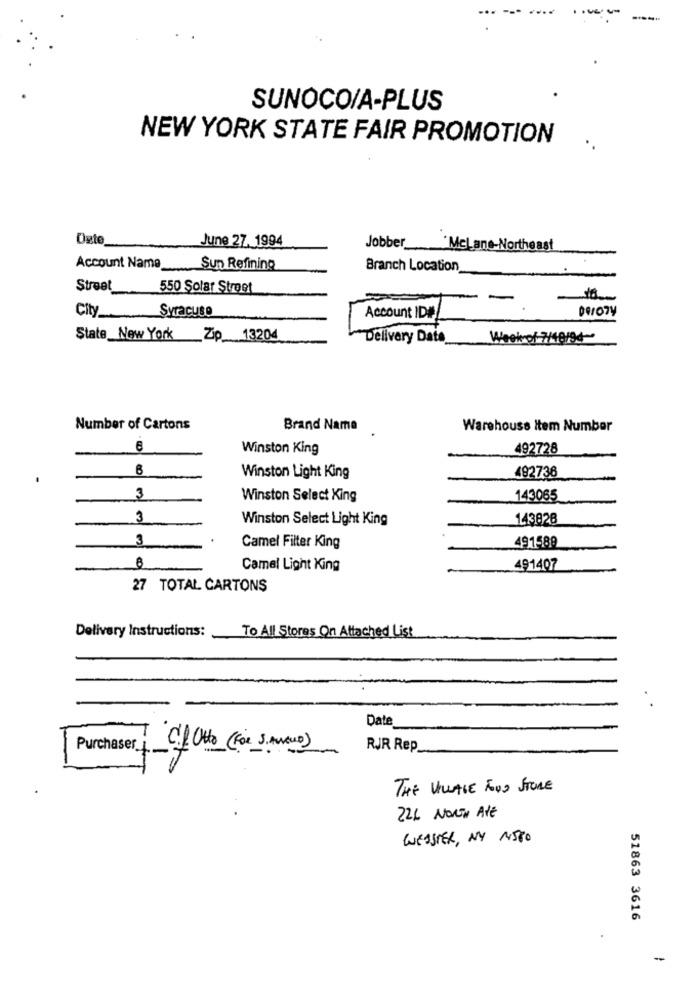
SUNOCO/A-PLUS
NEW YORK STATE FAIR PROMOTION
Oxte
June 27. 1994
Jobber_
McLane-Northeast
Account Name
Sun Refining
Branch Location
Street
550 Solar Street
Syracuse
City
Account ID#
State_New York_Zip 13204
Delivery Date
Week of 7/10/94-
Number of Cartons
Brand Name
Warehouse Item Number
8
Winston King
492728
492736
Winston Light King
3
Winston Select King
143065
3
Winston Select Light King
143828
3
491589
Camel Filter King
8
Camel Light King
491407
27 TOTAL CARTONS
Delivery Instructions:
To All Stores On Attached List
Date
Purchaser Cif Otto (For 3. ALLEUD)
RJR Rep
THE VILLAGE FOOD STORE
224 NORTH AVE
WEBSTER, NY NISTO
51863 3616
-